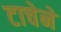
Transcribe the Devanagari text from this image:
टाचेने